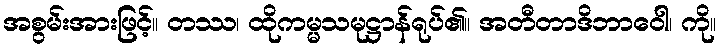
အစွမ်းအားဖြင့်။ တဿ၊ ထိုကမ္မသမုဋ္ဌာန်ရုပ်၏။ အတီတာဒိဘာဝေါ၊ ကို။